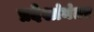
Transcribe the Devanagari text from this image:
प्रदेशांनंतर